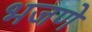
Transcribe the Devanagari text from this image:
भजणे